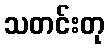
သတင်းတု